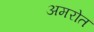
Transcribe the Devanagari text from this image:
अमरोत